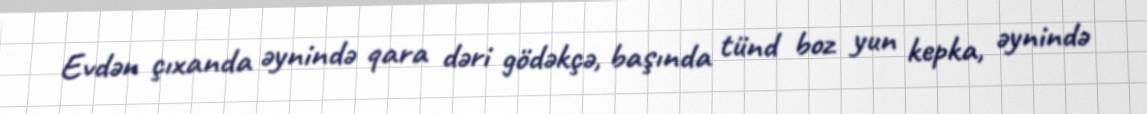
Evdən çıxanda əynində qara dəri gödəkçə, başında tünd boz yun kepka, əynində